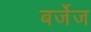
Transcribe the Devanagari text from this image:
बर्जेज